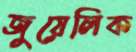
জুয়েলিক